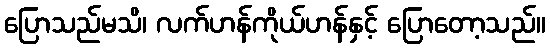
ပြောသည်မသိ၊ လက်ဟန်ကိုယ်ဟန်နှင့် ပြောတော့သည်။